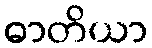
ဓာတိယာ